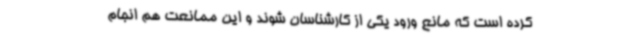
کرده است که مانع ورود یکی از کارشناسان شوند و این ممانعت هم انجام